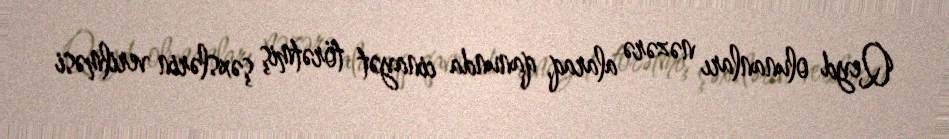
Qeyd olunanları nəzərə alaraq, qanunda cinayət törətmiş şəxslərin verilməsi